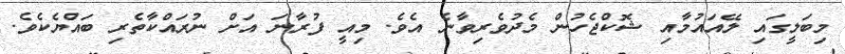
މިބަލީގައި ލޭއައުމާއި ޝޮކްޖެހުން މެދުވެރިވާނެ އެވެ. މިއީ ފުރާނަ އަށް ނުރައްކާތެރި ބައްޔެކެވެ.